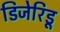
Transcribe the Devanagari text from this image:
डिजेरिडू